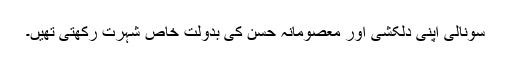
سونالی اپنی دلکشی اور معصومانہ حسن کی بدولت خاص شہرت رکھتی تھیں۔